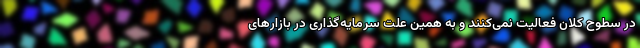
در سطوح کلان فعالیت نمی‌کنند و به همین علت سرمایه‌گذاری در بازارهای